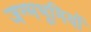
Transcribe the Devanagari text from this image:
जन्मभूमियों